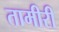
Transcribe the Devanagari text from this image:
तामीरी